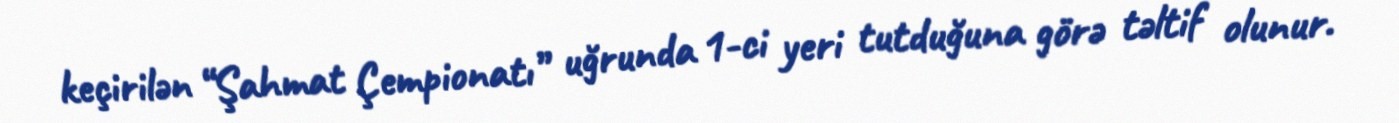
keçirilən “Şahmat Çempionatı” uğrunda 1-ci yeri tutduğuna görə təltif olunur.